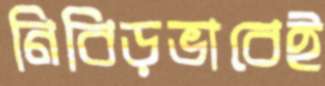
নিবিড়ভাবেই